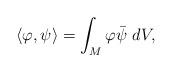
LaTeX: \begin{align*}\left\langle\varphi ,\psi\right\rangle=\int_{M}\varphi\bar{\psi}\ dV,\end{align*}